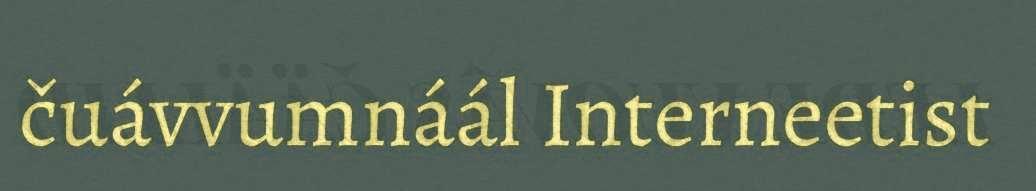
čuávvumnáál Interneetist